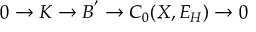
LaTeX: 0 \rightarrow { \cal K } \rightarrow { \cal B ^ { ' } } \rightarrow C _ { 0 } ( X , E _ { H } ) \rightarrow 0